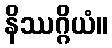
နိဿဂ္ဂိယံ။